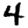
Digit: 4